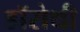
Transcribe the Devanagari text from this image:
डॉरोथी